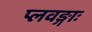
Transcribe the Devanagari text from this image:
प्लवङ्गाः